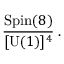
{ \frac { \mathrm { S p i n } ( 8 ) } { [ \mathrm { U } ( 1 ) ] ^ { 4 } } } \; .